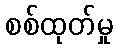
စစ်ထုတ်မှု